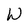
Character: W